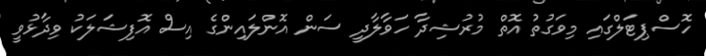
ހޮސްޕިޓަލްގައި މިވަގުތު އޮތް މުރުޝިދާ ހަވާލާދީ ސަން އޮންލައިންގެ އިސް އޮފިޝަލަކު ވިދާޅުވީ